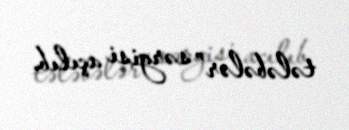
tələbələr” sərgisi açılıb.